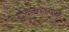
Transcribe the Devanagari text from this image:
न्यायालयाच्याच